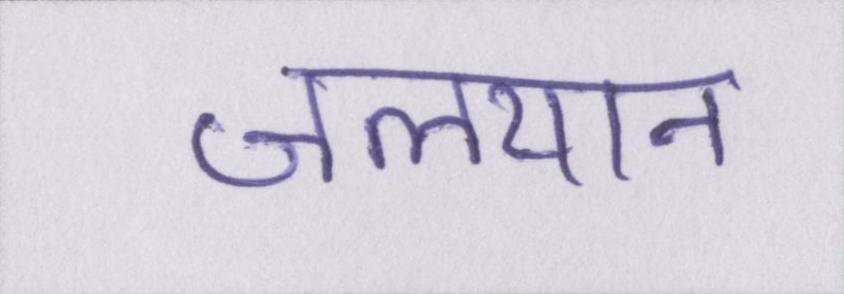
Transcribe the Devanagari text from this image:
जलयान